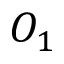
O _ { 1 }